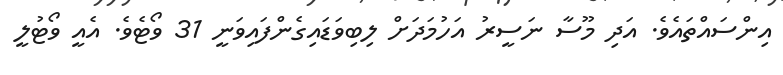
އިންސައްތައެވެ. އަދި މޫސާ ނަސީރު އަހުމަދަށް ލިބިވަޑައިގެންފައިވަނީ 31 ވޯޓެވެ. އެއީ ވޯޓުލީ